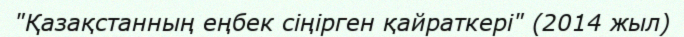
"Қазақстанның еңбек сіңірген қайраткері" (2014 жыл)